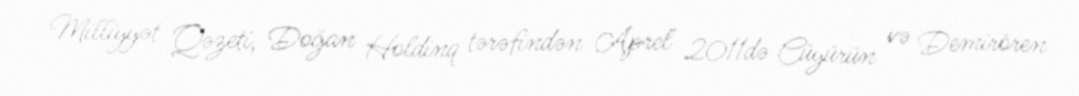
Milliyyət Qəzeti, Doğan Holdinq tərəfindən Aprel 2011də Cüyürün və Demirören